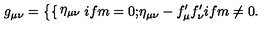
g _ { \mu \nu } = \left\{ \begin{cases} { \eta _ { \mu \nu } } & { i f m = 0 ; } \\ { \eta _ { \mu \nu } - f _ { \mu } ^ { \prime } f _ { \nu } ^ { \prime } } & { i f m \neq 0 . } \\ \end{cases} \right.